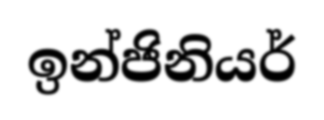
ඉන්ජිනියර්